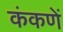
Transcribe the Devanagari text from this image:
कंकणें